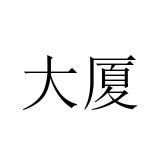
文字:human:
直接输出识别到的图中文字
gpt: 大厦